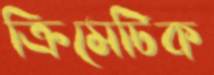
ক্রিমেটিক